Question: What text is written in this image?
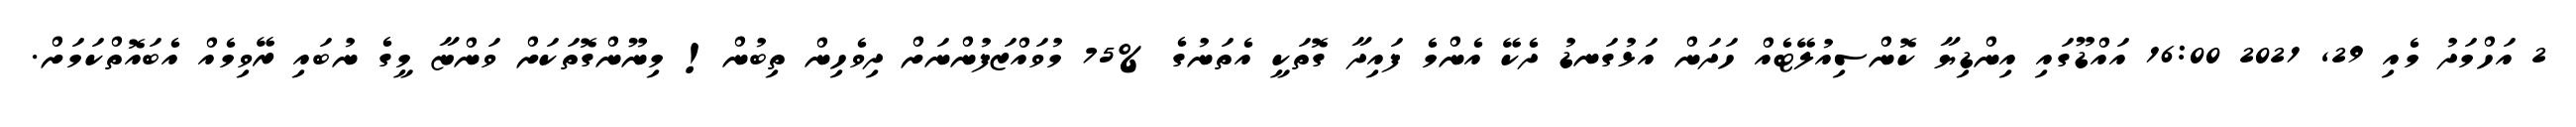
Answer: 2 އަހްމަދު މެއި 29, 2021 16:00 އައްޑޫގައި އިންޑިޔާ ކޮންސިއުލޭޓެއް ހަދަން އަޅުގަނޑު ދެކޭ އެންމެ ފައިދާ ގޮތަކީ އެތަނުގެ %75 މުވައްޒަފުންނަށް ދިވެހިން ތިބުން! މިނޫންގޮތަކަށް ވަންޏާ މީގެ ނުބައި ރޭވިމެއް އެބައޮތްކަމަށް.